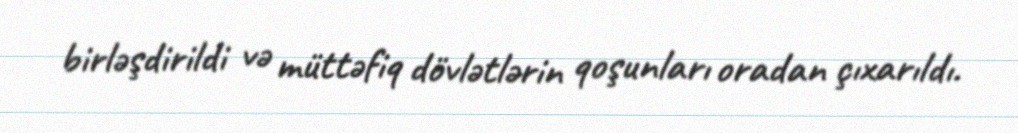
birləşdirildi və müttəfiq dövlətlərin qoşunları oradan çıxarıldı.